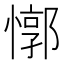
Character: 𰒈